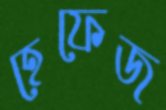
হেফেজ